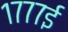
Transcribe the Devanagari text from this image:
१७७७ई